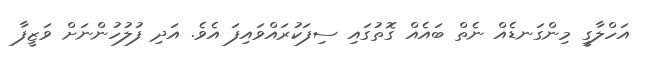
އަހްލާގީ މިންގަނޑެއް ނެތް ބައެއް ގޮތުގައި ސިފަކުރައްވައިފަ އެވެ. އަދި ފުލުހުންނަށް ވަޒީފާ